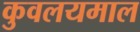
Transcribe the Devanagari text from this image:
कुवलयमाल